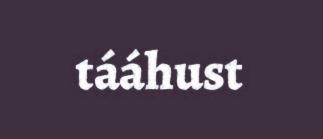
tááhust